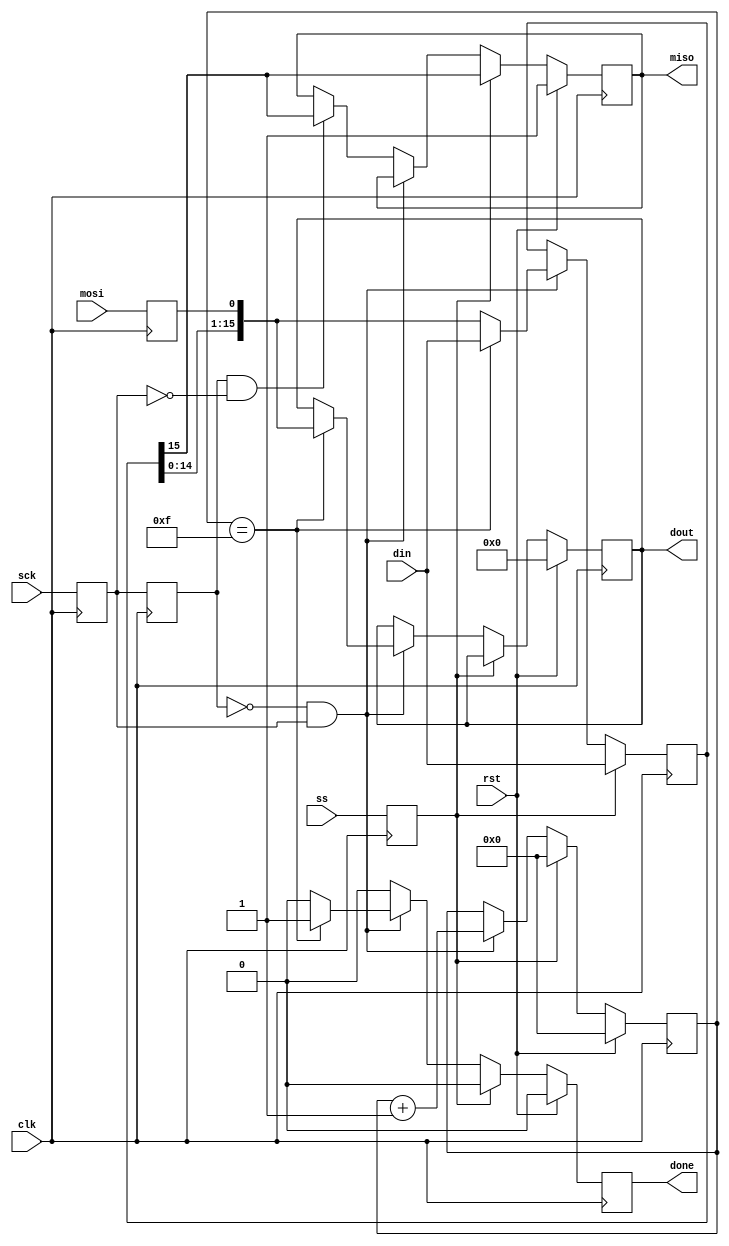
module spi_slave#(parameter DATA_WIDTH = 16 ,BIT_CNT_WIDTH = 4)(
    input clk,
    input rst,
    input ss,
    input mosi,
    output miso,
    input sck,
    output done,
    input [DATA_WIDTH-1:0] din,
    output [DATA_WIDTH-1:0] dout
  );
  
   
  reg mosi_d, mosi_q;
  reg ss_d, ss_q;
  reg sck_d, sck_q;
  reg sck_old_d, sck_old_q;
  reg [DATA_WIDTH-1:0] data_d, data_q;
  reg done_d, done_q;
  reg [BIT_CNT_WIDTH-1:0] bit_ct_d, bit_ct_q;
  reg [DATA_WIDTH-1:0] dout_d, dout_q;
  reg miso_d, miso_q;
   
  assign miso = miso_q;
  assign done = done_q;
  assign dout = dout_q;
   
  always @(*) begin
    ss_d = ss;
    mosi_d = mosi;
    miso_d = miso_q;
    sck_d = sck;
    sck_old_d = sck_q;
    data_d = data_q;
    done_d = 1'b0;
    bit_ct_d = bit_ct_q;
    dout_d = dout_q;
     
    if (ss_q) 
	 begin                           // if slave select is high (deselcted)
      bit_ct_d = {BIT_CNT_WIDTH{1'b0}};                        // reset bit counter
      data_d = din;                           // read in data
      miso_d = data_q[DATA_WIDTH-1];                     // output MSB
    end 
	 
	 else 
	 
	 begin                            // else slave select is low (selected)
      if (!sck_old_q && sck_q) 
		begin          // rising edge
        data_d = {data_q[DATA_WIDTH-2:0], mosi_q};       // read data in and shift
        bit_ct_d = bit_ct_q + 1'b1;           				// increment the bit counter
		  
        if (bit_ct_q == {BIT_CNT_WIDTH{1'b1}} ) // if we are on the last bit
		  begin         												
          dout_d = {data_q[DATA_WIDTH-2:0], mosi_q};     // output the byte(word)
          done_d = 1'b1;                      // set transfer done flag
          data_d = din;                       // read in new byte
        end
		  
      end 
		
		else if (sck_old_q && !sck_q)// falling edge 	
		begin 
        miso_d = data_q[DATA_WIDTH-1];                   // output MSB
      end
    end
  end
   
  always @(posedge clk) begin
    if (rst) begin
      done_q <= 1'b0;
      bit_ct_q <= {BIT_CNT_WIDTH{1'b0}}; 
      dout_q <= {DATA_WIDTH{1'b0}};
      miso_q <= 1'b1;
    end else begin
      done_q <= done_d;
      bit_ct_q <= bit_ct_d;
      dout_q <= dout_d;
      miso_q <= miso_d;
    end
     
    sck_q <= sck_d;
    mosi_q <= mosi_d;
    ss_q <= ss_d;
    data_q <= data_d;
    sck_old_q <= sck_old_d;
     
  end
   
endmodule


//-----------------------testbench----------------------------
`timescale 1 ps/ 1 ps
module spi_slave_tb();


	 parameter DATA_WIDTH = 16;
	 parameter BIT_CNT_WIDTH = 4;
	 
	 
	 reg clk;
    reg rst;
    reg ss;
    reg mosi;
    wire miso;
    reg sck;
    wire done;
    reg [DATA_WIDTH-1:0] din;
    wire [DATA_WIDTH-1:0] dout;
	 
	 reg [BIT_CNT_WIDTH-1:0] cnt;
	 reg [DATA_WIDTH-1:0] data_test;
	 
	 spi_slave #(DATA_WIDTH,BIT_CNT_WIDTH) comm_spi_slave(.clk(clk),.rst(rst),.ss(ss),.miso(miso),.mosi(mosi),.sck(sck),.done(done),.din(din),.dout(dout));

	 initial
	 begin
		clk<=0;
		rst<=1;
		cnt<=0;
		sck<=0;
		data_test<=16'b0101010101010101;
		#500
		rst=0;
		#500
		ss=0;
						
//		data_in=0;
//		data_out=0;
//		busy=0;
//		new_data=0;
		
//		#500
		//data_in=16'b0101010101010101;
//		#500
		//start=1;
		
	 end
	 
	 always @(posedge sck) 
	 begin
	 
		mosi=data_test[DATA_WIDTH-1];
		data_test[DATA_WIDTH-1:0]={data_test[DATA_WIDTH-2:0], 1'b0}; 
		cnt=cnt+1'b1;
		
		if(cnt == {BIT_CNT_WIDTH{1'b1}})
		begin
			data_test=16'b0101010101010101;
		end
	 end
	 
	 
	 always 
		#5  clk =  ! clk;    
		
	 always 
		#50  sck =  ! sck;   
endmodule